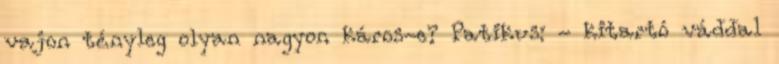
vajon tényleg olyan nagyon káros-e? Patikus: - kitartó váddal